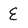
Character: E